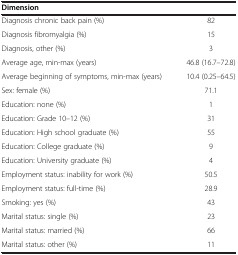
| Dimension |  |
 | --- | --- |
 | Diagnosis chronic back pain (%) | 82 |
 | Diagnosis fibromyalgia (%) | 15 |
 | Diagnosis, other (%) | 3 |
 | Average age, min-max (years) | 46.8 (16.7–72.8) |
 | Average beginning of symptoms, min-max (years) | 10.4 (0.25–64.5) |
 | Sex: female (%) | 71.1 |
 | Education: none (%) | 1 |
 | Education: Grade 10–12 (%) | 31 |
 | Education: High school graduate (%) | 55 |
 | Education: College graduate (%) | 9 |
 | Education: University graduate (%) | 4 |
 | Employment status: inability for work (%) | 50.5 |
 | Employment status: full-time (%) | 28.9 |
 | Smoking: yes (%) | 43 |
 | Marital status: single (%) | 23 |
 | Marital status: married (%) | 66 |
 | Marital status: other (%) | 11 |